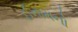
ઈનામનો